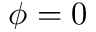
\phi = 0